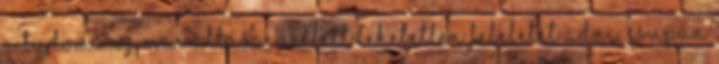
a tudomány mai állása mellett lehetetlen feleletet adni. Csupán